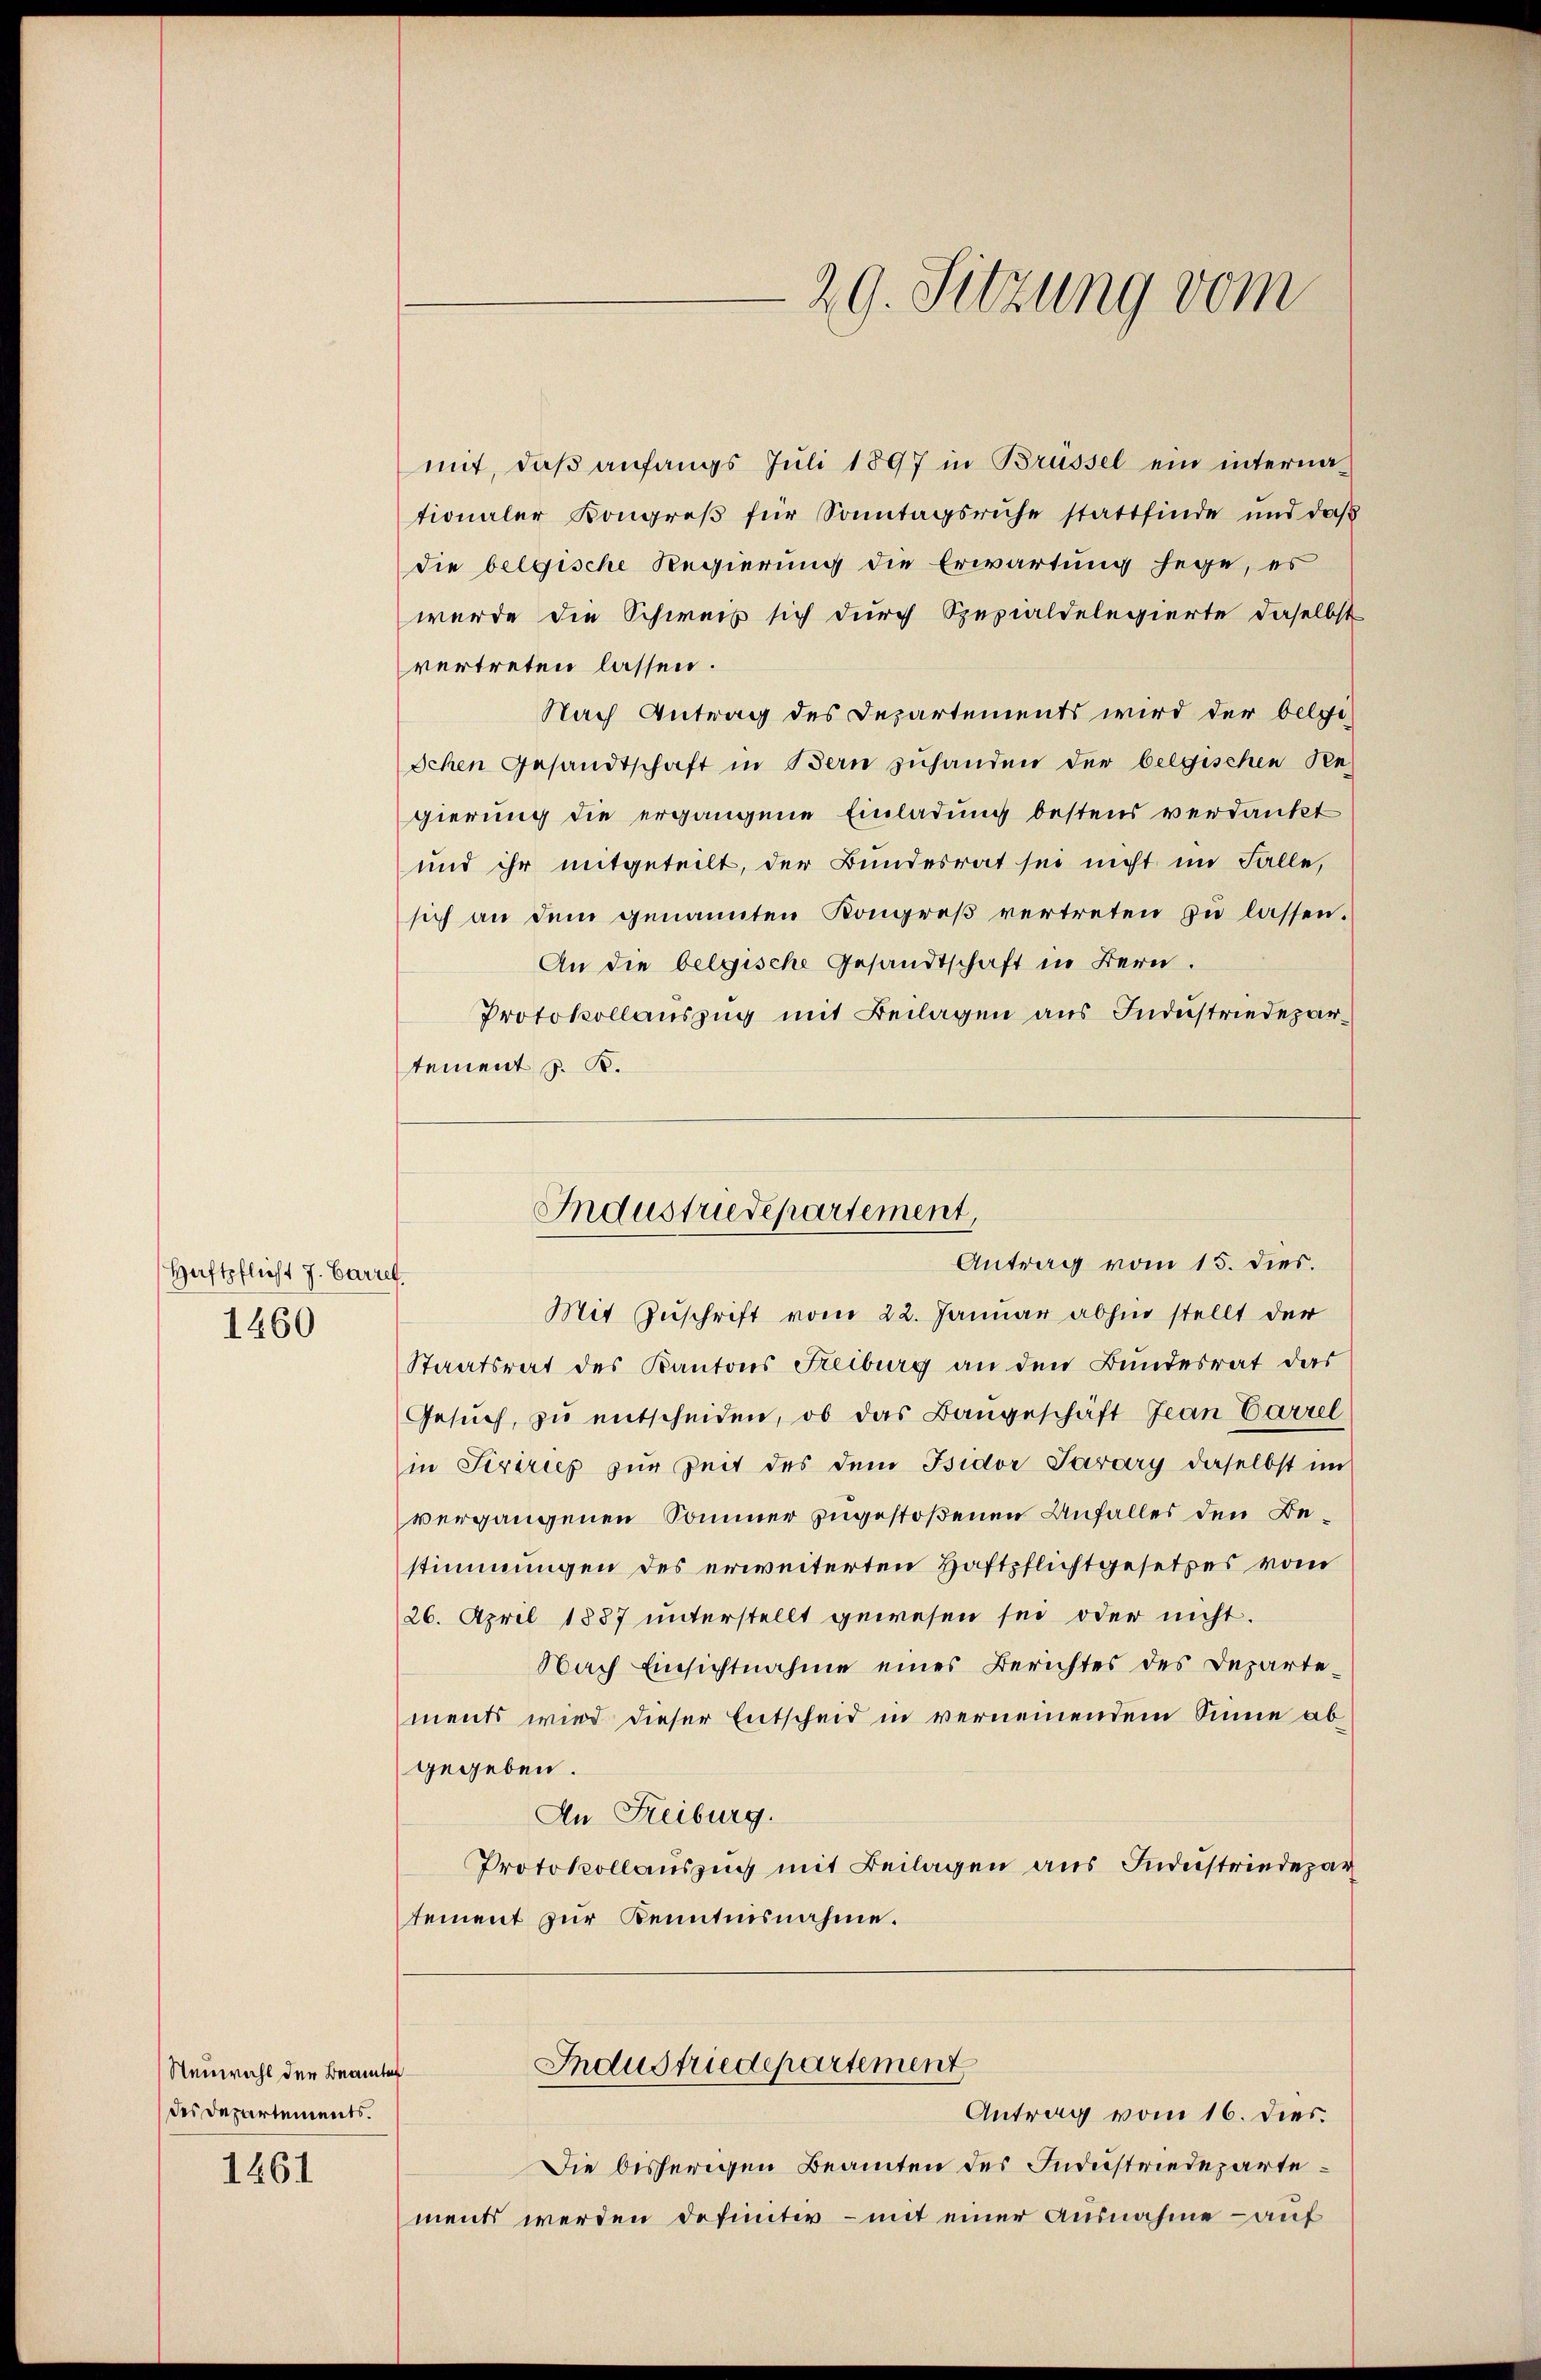
Haftpflicht J. Carret.
1460

Neuwahl der Beamten
des Departements.
1461

mit, daß anfangs Juli 1897 in Brüssel ein internationaler Kongreβ für Sonntagsruhe stattfinde und daβ
die belgische Regierung die Erwartung hege, es
werde die Schweiz sich durch Spezialdelegierte daselbst
vertreten lassen.
Nach Antrag des Departements wird der belge-
Ichen Gesandtschaft in Bern zuhanden der belgischen Re-
gierung die ergangene Einladung bestens verdankt
und ihr mitgeteilt, der Bundesrat sei nicht im Falle,
sich an dem genannten Kongreß vertreten zu lassen.
An die belgische Gesandtschaft in Bern.
Protokollauszug mit Beilagen aus Industriedepartement z. B.

Mit Zuschrift vom 22. Januar abhin stellt der
Staatsrat des Kantons Freiburg an den Bundesrat das
Gesuch, zu entscheiden, ob das Bangeschäft Jean Carrel
in Serirtes zur Zeit des dem Isidor Parary daselbst im
vergangenen Sommer zugestoßenen Unfalles den Bestimmungen des erweiterten Haftpflichtgesetzes vom
26. April 1887 unterstellt gewesen sei oder nicht.
Nach Einsichtnahme eines Berichtes des Departements wird dieser Entscheid in verneinendem Sinne abgegeben.
An Freiburg.
Protokollauszug mit Beilagen aus Indestriedepar
tement zur Kenntnisnahme.

29. Sitzung vom

Industriedepartement,
Antrag vom 15. dies.

Die bisherigen Beamten des Industriedepartement werden definitiv - mit einer Ausnahme – auf

Industriedepartement
Antrag vom 16. dies.